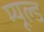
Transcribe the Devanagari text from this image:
म्यूल्ड